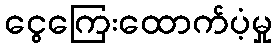
ငွေကြေးထောက်ပံ့မှု